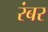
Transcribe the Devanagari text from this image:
रंबर